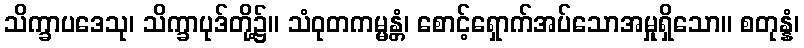
သိက္ခာပဒေသု၊ သိက္ခာပုဒ်တို့၌။ သံဝုတကမ္မန္တံ၊ စောင့်ရှောက်အပ်သောအမှုရှိသော။ စတုန္နံ၊